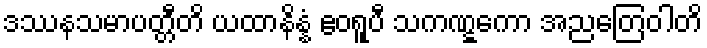
ဒဿနသမာပတ္တီတိ ယထာနိန္နံ ဧဝရူပီ သကဏ္ဋကော အညတြေဝါတိ